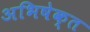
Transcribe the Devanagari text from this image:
अभिषेक्त